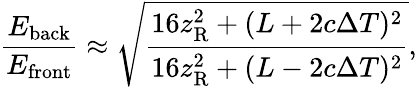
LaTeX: \frac{E_{\mathrm{back}}}{E_{\mathrm{front}}}\approx\sqrt{\frac{16z_{\mathrm{R}}^{2}+(L+2c\Delta T)^{2}}{16z_{\mathrm{R}}^{2}+(L-2c\Delta T)^{2}}},